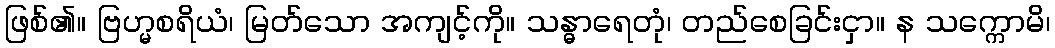
ဖြစ်၏။ ဗြဟ္မစရိယံ၊ မြတ်သော အကျင့်ကို။ သန္ဓာရေတုံ၊ တည်စေခြင်းငှာ။ န သက္ကောမိ၊